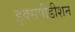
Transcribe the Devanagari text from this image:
इक्सपीडीशन